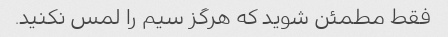
فقط مطمئن شوید که هرگز سیم را لمس نکنید.